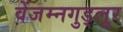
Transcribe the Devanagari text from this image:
वेंजम्नगुड्लूर